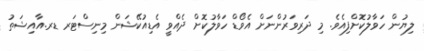
ލިޔުން ހަވާލުކޮށްފިއެވެ. މި ދަރިވަރުންނަށް އެވޯޑް ހަވާލުކޮށް ދެއްވީ އެޑިއުކޭޝަން މިނިސްޓަރ ޑރ.އާއިޝަތު